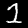
Digit: 1